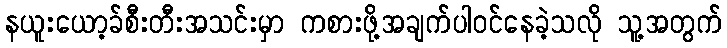
နယူးယော့ခ်စီးတီးအသင်းမှာ ကစားဖို့အချက်ပါဝင်နေခဲ့သလို သူ့အတွက်